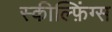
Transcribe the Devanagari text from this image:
स्कील्फ़िंग्स